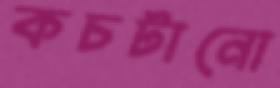
কচটানো